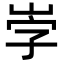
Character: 𡶻